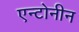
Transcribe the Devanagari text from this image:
एन्टोनीन